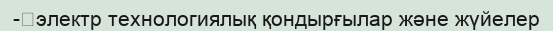
-	электр технологиялық қондырғылар және жүйелер